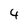
Character: 4